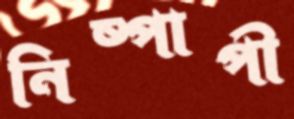
নিষ্পাপী